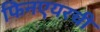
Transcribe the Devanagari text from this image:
फिनएयरची